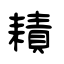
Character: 耫